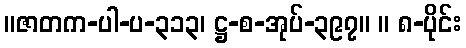
။ဇာတက-ပါ-ပ-၃၁၃၊ ဋ္ဌ-စ-အုပ်-၃၉၇။ ။ ၈-ပိုင်း